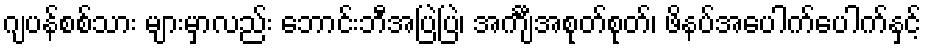
ဂျပန်စစ်သား များမှာလည်း ဘောင်းဘီအပြဲပြဲ၊ အင်္ကျီအစုတ်စုတ်၊ ဖိနပ်အပေါက်ပေါက်နှင့်